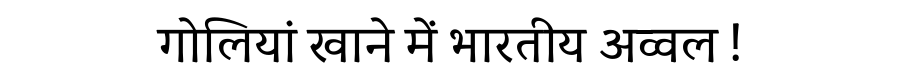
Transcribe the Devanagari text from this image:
गोलियां खाने में भारतीय अव्वल !